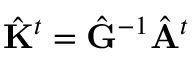
\hat { \mathbf { K } } ^ { t } = \hat { \mathbf { G } } ^ { - 1 } \hat { \mathbf { A } } ^ { t }